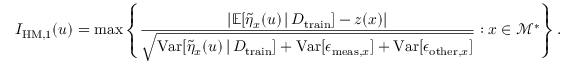
I _ { \mathrm { H M } , 1 } ( u ) = \operatorname* { m a x } \left\{ \frac { \lvert \mathbb { E } [ \Tilde { \eta } _ { x } ( u ) \, \vert \, D _ { \mathrm { t r a i n } } ] - z ( x ) \rvert } { \sqrt { \mathrm { V a r } [ \Tilde { \eta } _ { x } ( u ) \, \vert \, D _ { \mathrm { t r a i n } } ] + \mathrm { V a r } [ \epsilon _ { \mathrm { m e a s } , x } ] + \mathrm { V a r } [ \epsilon _ { \mathrm { o t h e r } , x } ] } } : x \in \mathcal { M } ^ { * } \right\} .